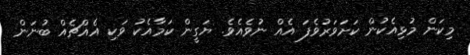
މިކަން މުޅިއެކުން ކަށަވަރުވެފަ އެއް ނުވެއެވެ. ޔަގީން ކަމާއެކު ވަކި އެއްޗެއް ބުނަން